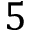
5